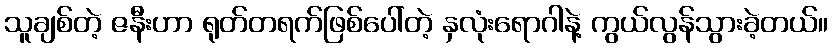
သူချစ်တဲ့ ဇနီးဟာ ရုတ်တရက်ဖြစ်ပေါ်တဲ့ နှလုံးရောဂါနဲ့ ကွယ်လွန်သွားခဲ့တယ်။